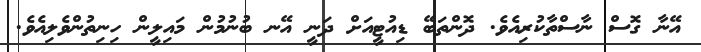
އޭނާ ގޮސް ނާސްތާކުރިއެވެ. ދޮންތަބޭ ޑިއުޓީއަށް ދަނީ އޭނ ބުނުމުން މައިލީން ހިނިތުންވެލިއެވެ.